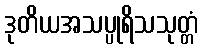
ဒုတိယအသပ္ပုရိသသုတ္တံ